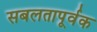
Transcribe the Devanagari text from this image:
सबलतापूर्वक